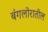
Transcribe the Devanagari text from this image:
बंगलोरातील